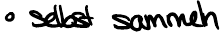
selbst sammeln